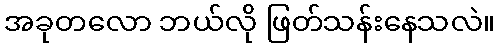
အခုတလော ဘယ်လို ဖြတ်သန်းနေသလဲ။